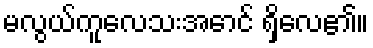
မလွယ်ကူလေသးအောင် ရှိလေ၏။